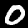
Digit: 0